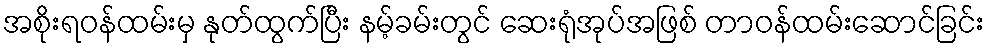
အစိုးရဝန်ထမ်းမှ နုတ်ထွက်ပြီး နမ့်ခမ်းတွင် ဆေးရုံအုပ်အဖြစ် တာဝန်ထမ်းဆောင်ခြင်း